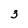
Character: 3